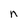
Character: n